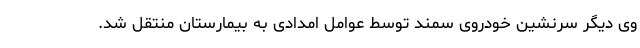
وی دیگر سرنشین خودروی سمند توسط عوامل امدادی به بیمارستان منتقل شد.